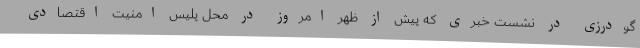
گودرزی در نشست خبری که پیش از ظهر امروز در محل پلیس امنیت اقتصادی